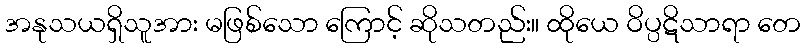
အနုသယရှိသူအား မဖြစ်သော ကြောင့် ဆိုသတည်း။ ထိုယေ ဝိပ္ပဋိသာရာ တေ